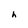
Character: h